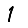
Digit: 1